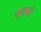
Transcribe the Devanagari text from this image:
कटको